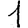
Digit: 1